Manual of the Civil Veterinary Department, Central Provinces and Berar
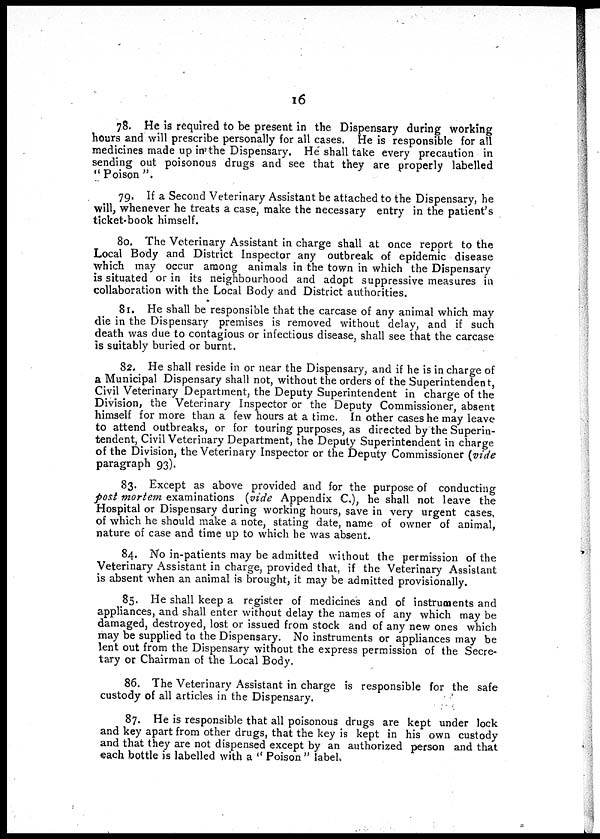
16
78. He is required to be present in the Dispensary during working
hours and will prescribe personally for all cases. He is responsible for all
medicines made up in the Dispensary. He shall take every precaution in
sending out poisonous drugs and see that they are properly labelled
"Poison".
79. If a Second Veterinary Assistant be attached to the Dispensary, he
will, whenever he treats a case, make the necessary entry in the patient's
ticket-book himself.
80. The Veterinary Assistant in charge shall at once report to the
Local Body and District Inspector any outbreak of epidemic disease
which may occur among animals in the town in which the Dispensary
is situated or in its neighbourhood and adopt suppressive measures in
collaboration with the Local Body and District authorities.
81. He shall be responsible that the carcase of any animal which may
die in the Dispensary premises is removed without delay, and if such
death was due to contagious or infectious disease, shall see that the carcase
is suitably buried or burnt.
82. He shall reside in or near the Dispensary, and if he is in charge of
a Municipal Dispensary shall not, without the orders of the Superintendent,
Civil Veterinary Department, the Deputy Superintendent in charge of the
Division, the Veterinary Inspector or the Deputy Commissioner, absent
himself for more than a few hours at a time. In other cases he may leave
to attend outbreaks, or for touring purposes, as directed by the Superin-
tendent, Civil Veterinary Department, the Deputy Superintendent in charge
of the Division, the Veterinary Inspector or the Deputy Commissioner (vide
paragraph 93).
83. Except as above provided and for the purpose of conducting
post mortem examinations (vide Appendix C.), he shall not leave the
Hospital or Dispensary during working hours, save in very urgent cases,
of which he should make a note, stating date, name of owner of animal,
nature of case and time up to which he was absent.
84. No in-patients may be admitted without the permission of the
Veterinary Assistant in charge, provided that, if the Veterinary Assistant
is absent when an animal is brought, it may be admitted provisionally.
85. He shall keep a register of medicines and of instruments and
appliances, and shall enter without delay the names of any which may be
damaged, destroyed, lost or issued from stock and of any new ones which
may be supplied to the Dispensary. No instruments or appliances may be
lent out from the Dispensary without the express permission of the Secre-
tary or Chairman of the Local Body.
86. The Veterinary Assistant in charge is responsible for the safe
custody of all articles in the Dispensary.
87. He is responsible that all poisonous drugs are kept under lock
and key apart from other drugs, that the key is kept in his own custody
and that they are not dispensed except by an authorized person and that
each bottle is labelled with a "Poison" label.